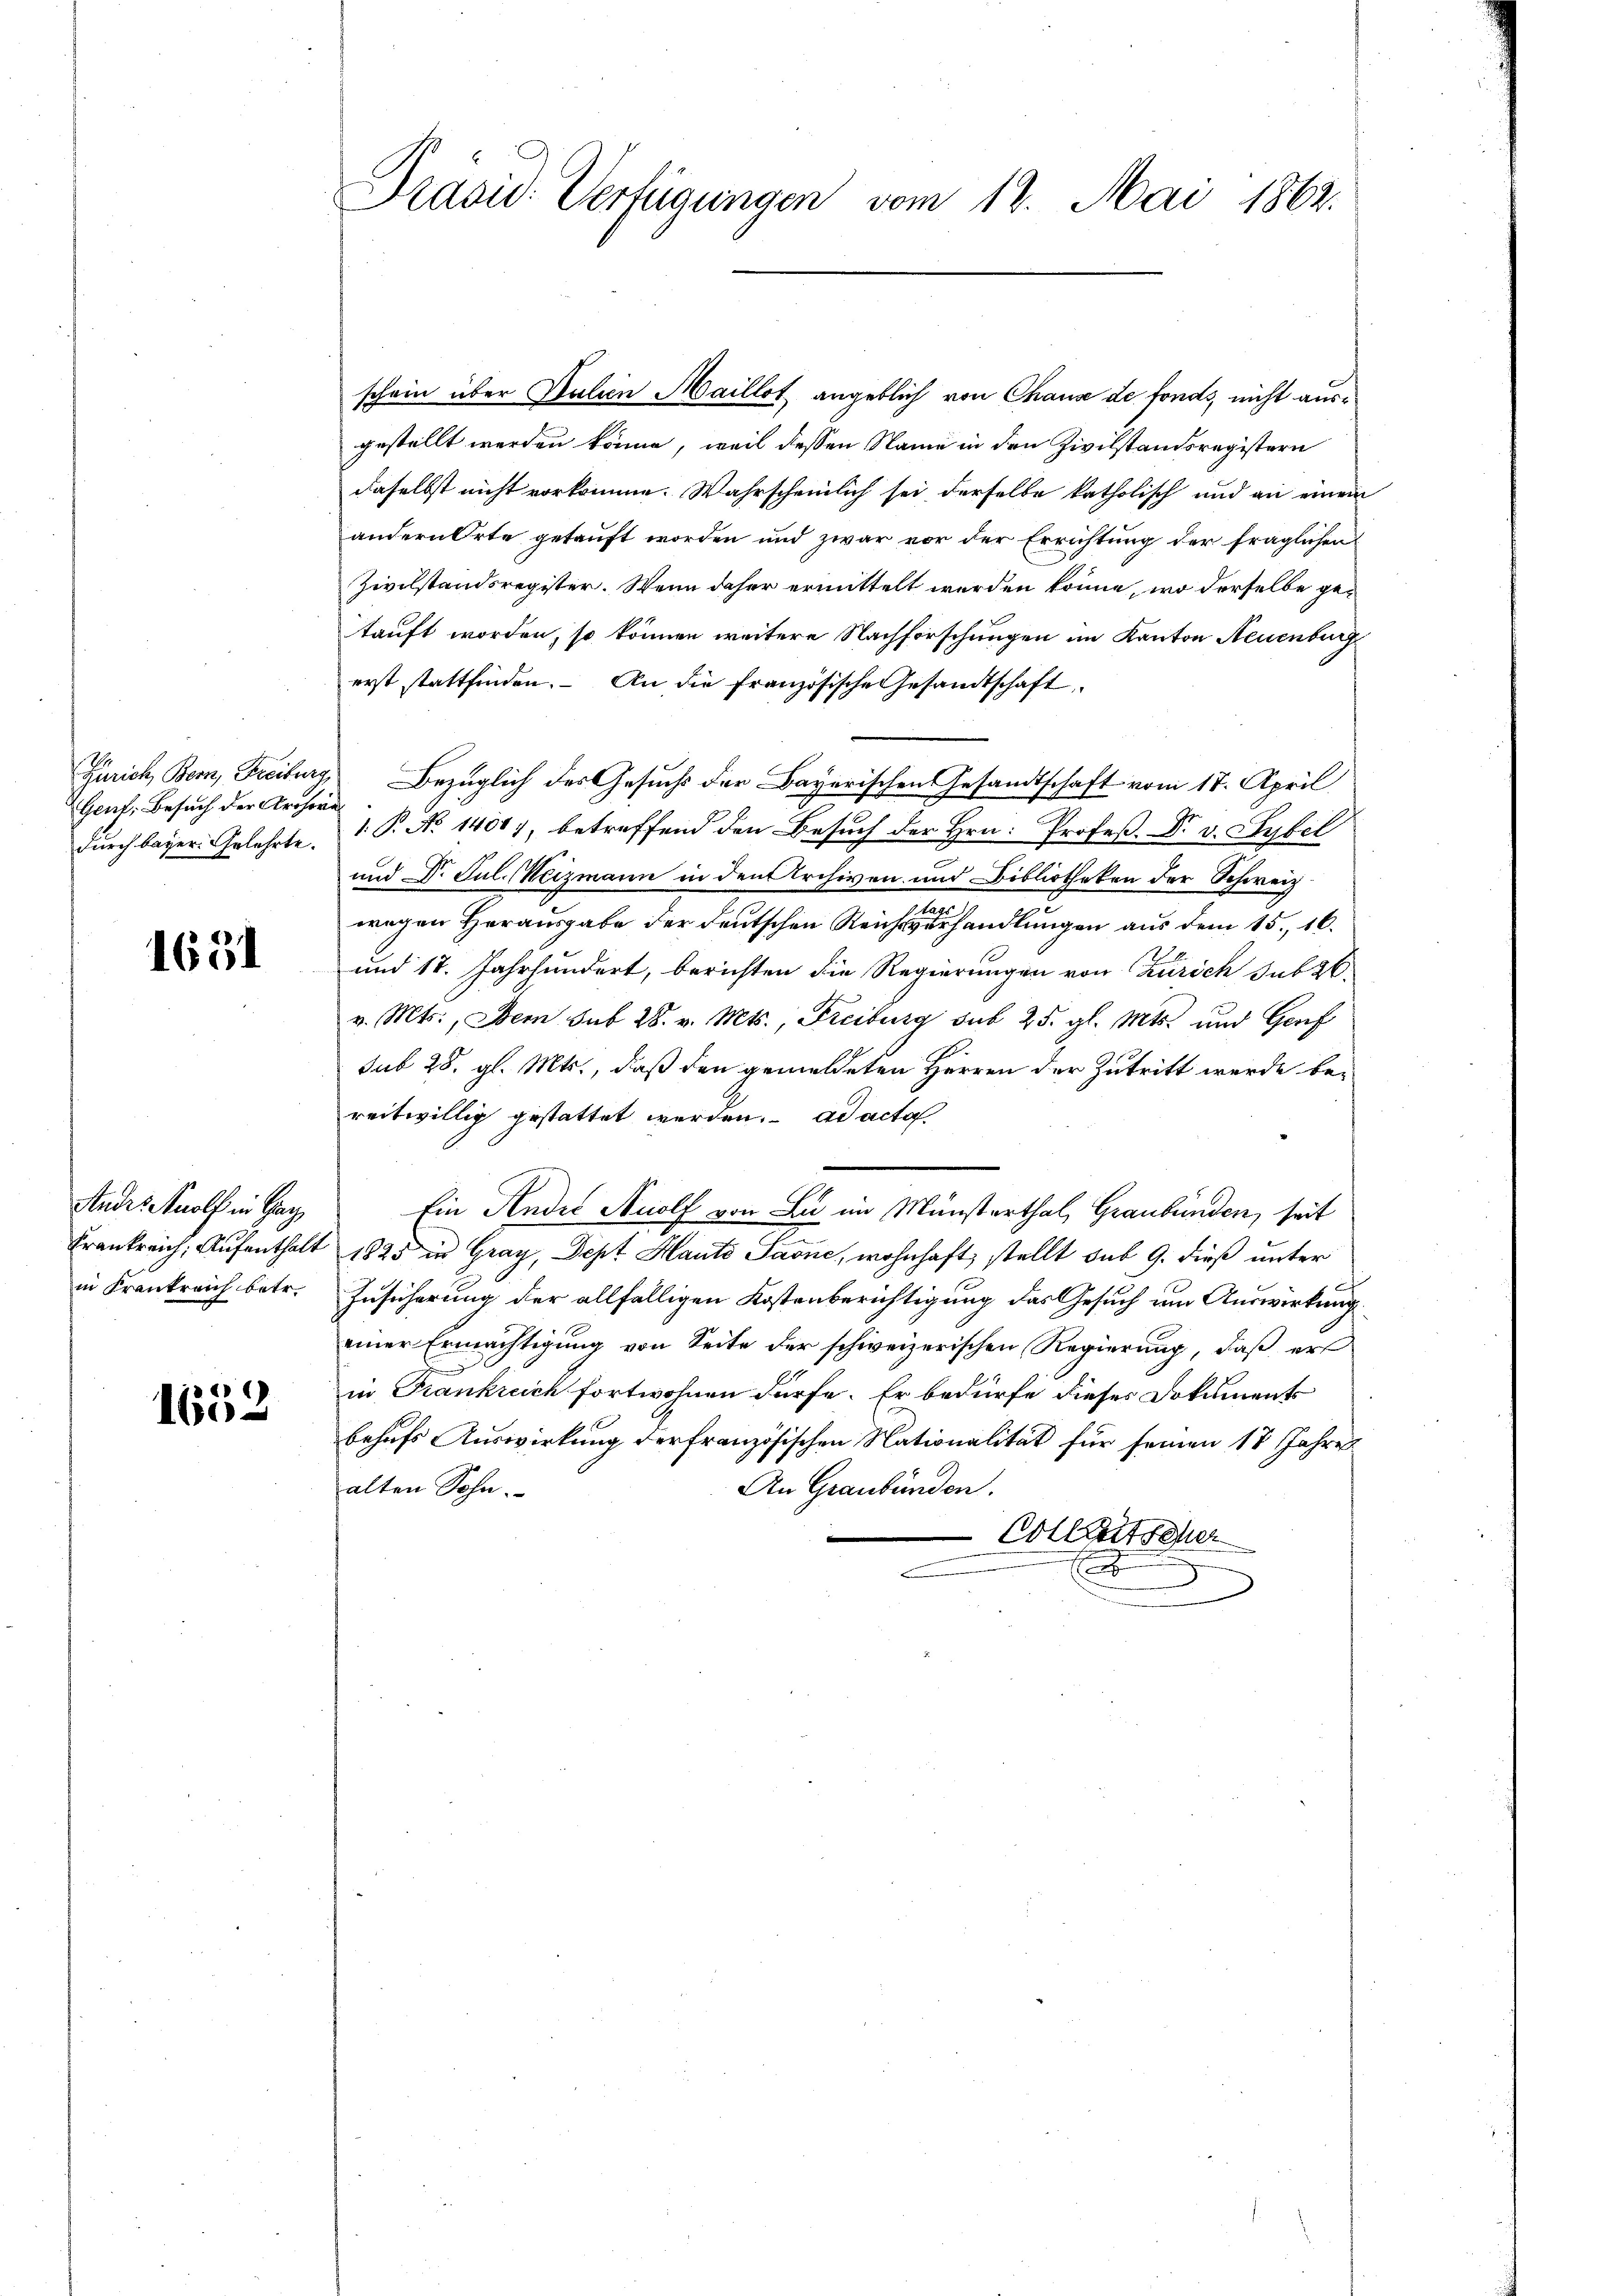
Gent. Besuch der Archore

1651

Andes Knolf in Geg
in Frankreich betr.

1652

Präsid. Verfügungen vom 12. Mai 1862.

schein über Salien Maillot angeblich von Chause de fonds, nicht ausgestellt werden könne, weil dessen Name in den Zivilstandsregistern
daselbst nicht vorkomme. Wahrscheinlich sei derselbe katholisch und an einem
andern Orte getauft worden und zwar vor der Errichtung der fraglichen
Zivilstandsregister. Wenn daher ermittelt werden könne, wo derselbe getauft worden, so können weitere Nachforschungen im Kanton Neuenburg
erst stattfinden. An die französische Gesandtschaft
Zürich, Bern, Freiburg, Bezüglich des Gesuchs der Bayerischen Gesandtschaft vom 17. April
dŭrch bayer. Gelehrte, 1 P. No 14017, betreffend den Besŭch der Hrn. Profeß. Dr. v. Sybel
und Dr. Jul. Meizmann in den Archiven und Bibliotheken der Schweiz.
m
wegen Herausgabe der deutschen Reichsverhandlungen aus dem 15. 16.
und 17. Jahrhundert, berichten die Regierungen von Zürich sub 26
v. Mts., Dem sub 28. v. Mts., Freiburg sub 25. gl. Mts. und Genf
sub 28. gl. Mts., daß den gemeldeten Herren der Zutritt werde bereitwillig gestattet werden. ad acta
Ein Ander Anolf von Lu im Münsterthal, Graubünden, seit
Frankreich, Aufenthalt 1825 in Gray, Sept Hauto Paone, wohnhaft stellt sub 9. dieß unter
Zusicherung der allfälligen Kostenberichtigung das Gesuch um Auswirkung
einer Ermächtigung von Seite der schweizerischen Regierung, daß er
in Krankreich fortwohnen dürfe. Er bedürfe dieses Dokuments
behufs Auswirkung der französischen Nationalität für seinen 18 Jahres
alten Sohn.
An Graubünden.
Colitsche